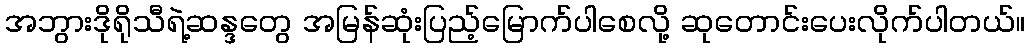
အဘွားဒိုရိုသီရဲ့ဆန္ဒတွေ အမြန်ဆုံးပြည့်မြောက်ပါစေလို့ ဆုတောင်းပေးလိုက်ပါတယ်။